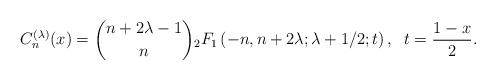
LaTeX: \begin{align*} C_n^{(\lambda)}(x) = \binom{n+2\lambda-1}{n}{} _2F_1\left(-n,n+2\lambda;\lambda +1/2;t\right),\;\;t = \frac{1-x}{2}. \end{align*}